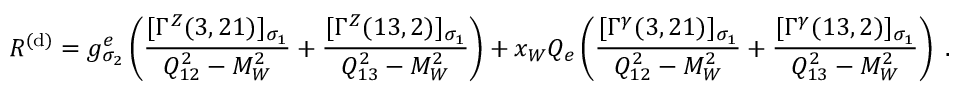
{ \cal R } ^ { ( \mathrm { d } ) } = g _ { \sigma _ { 2 } } ^ { e } \left( \frac { [ \Gamma ^ { Z } ( 3 , 2 1 ) ] _ { \sigma _ { 1 } } } { Q _ { 1 2 } ^ { 2 } - M _ { W } ^ { 2 } } + \frac { [ \Gamma ^ { Z } ( 1 3 , 2 ) ] _ { \sigma _ { 1 } } } { Q _ { 1 3 } ^ { 2 } - M _ { W } ^ { 2 } } \right) + x _ { W } Q _ { e } \left( \frac { [ \Gamma ^ { \gamma } ( 3 , 2 1 ) ] _ { \sigma _ { 1 } } } { Q _ { 1 2 } ^ { 2 } - M _ { W } ^ { 2 } } + \frac { [ \Gamma ^ { \gamma } ( 1 3 , 2 ) ] _ { \sigma _ { 1 } } } { Q _ { 1 3 } ^ { 2 } - M _ { W } ^ { 2 } } \right) \; .